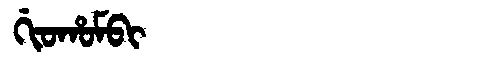
Manchu: ᡤᡳᠣᡥᠣᠮᠪᡳ
Romanization: GIOHOMBI